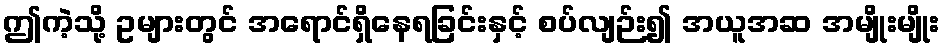
ဤကဲ့သို့ ဥများတွင် အရောင်ရှိနေရခြင်းနှင့် စပ်လျဉ်း၍ အယူအဆ အမျိုးမျိုး